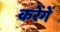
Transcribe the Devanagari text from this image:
करेंगेें